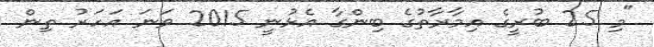
"މި 25 ބުރީގެ އިމާރާތުގެ ބިންގާ އެޅުނީ 2015 ވަނަ އަހަރު ތިން